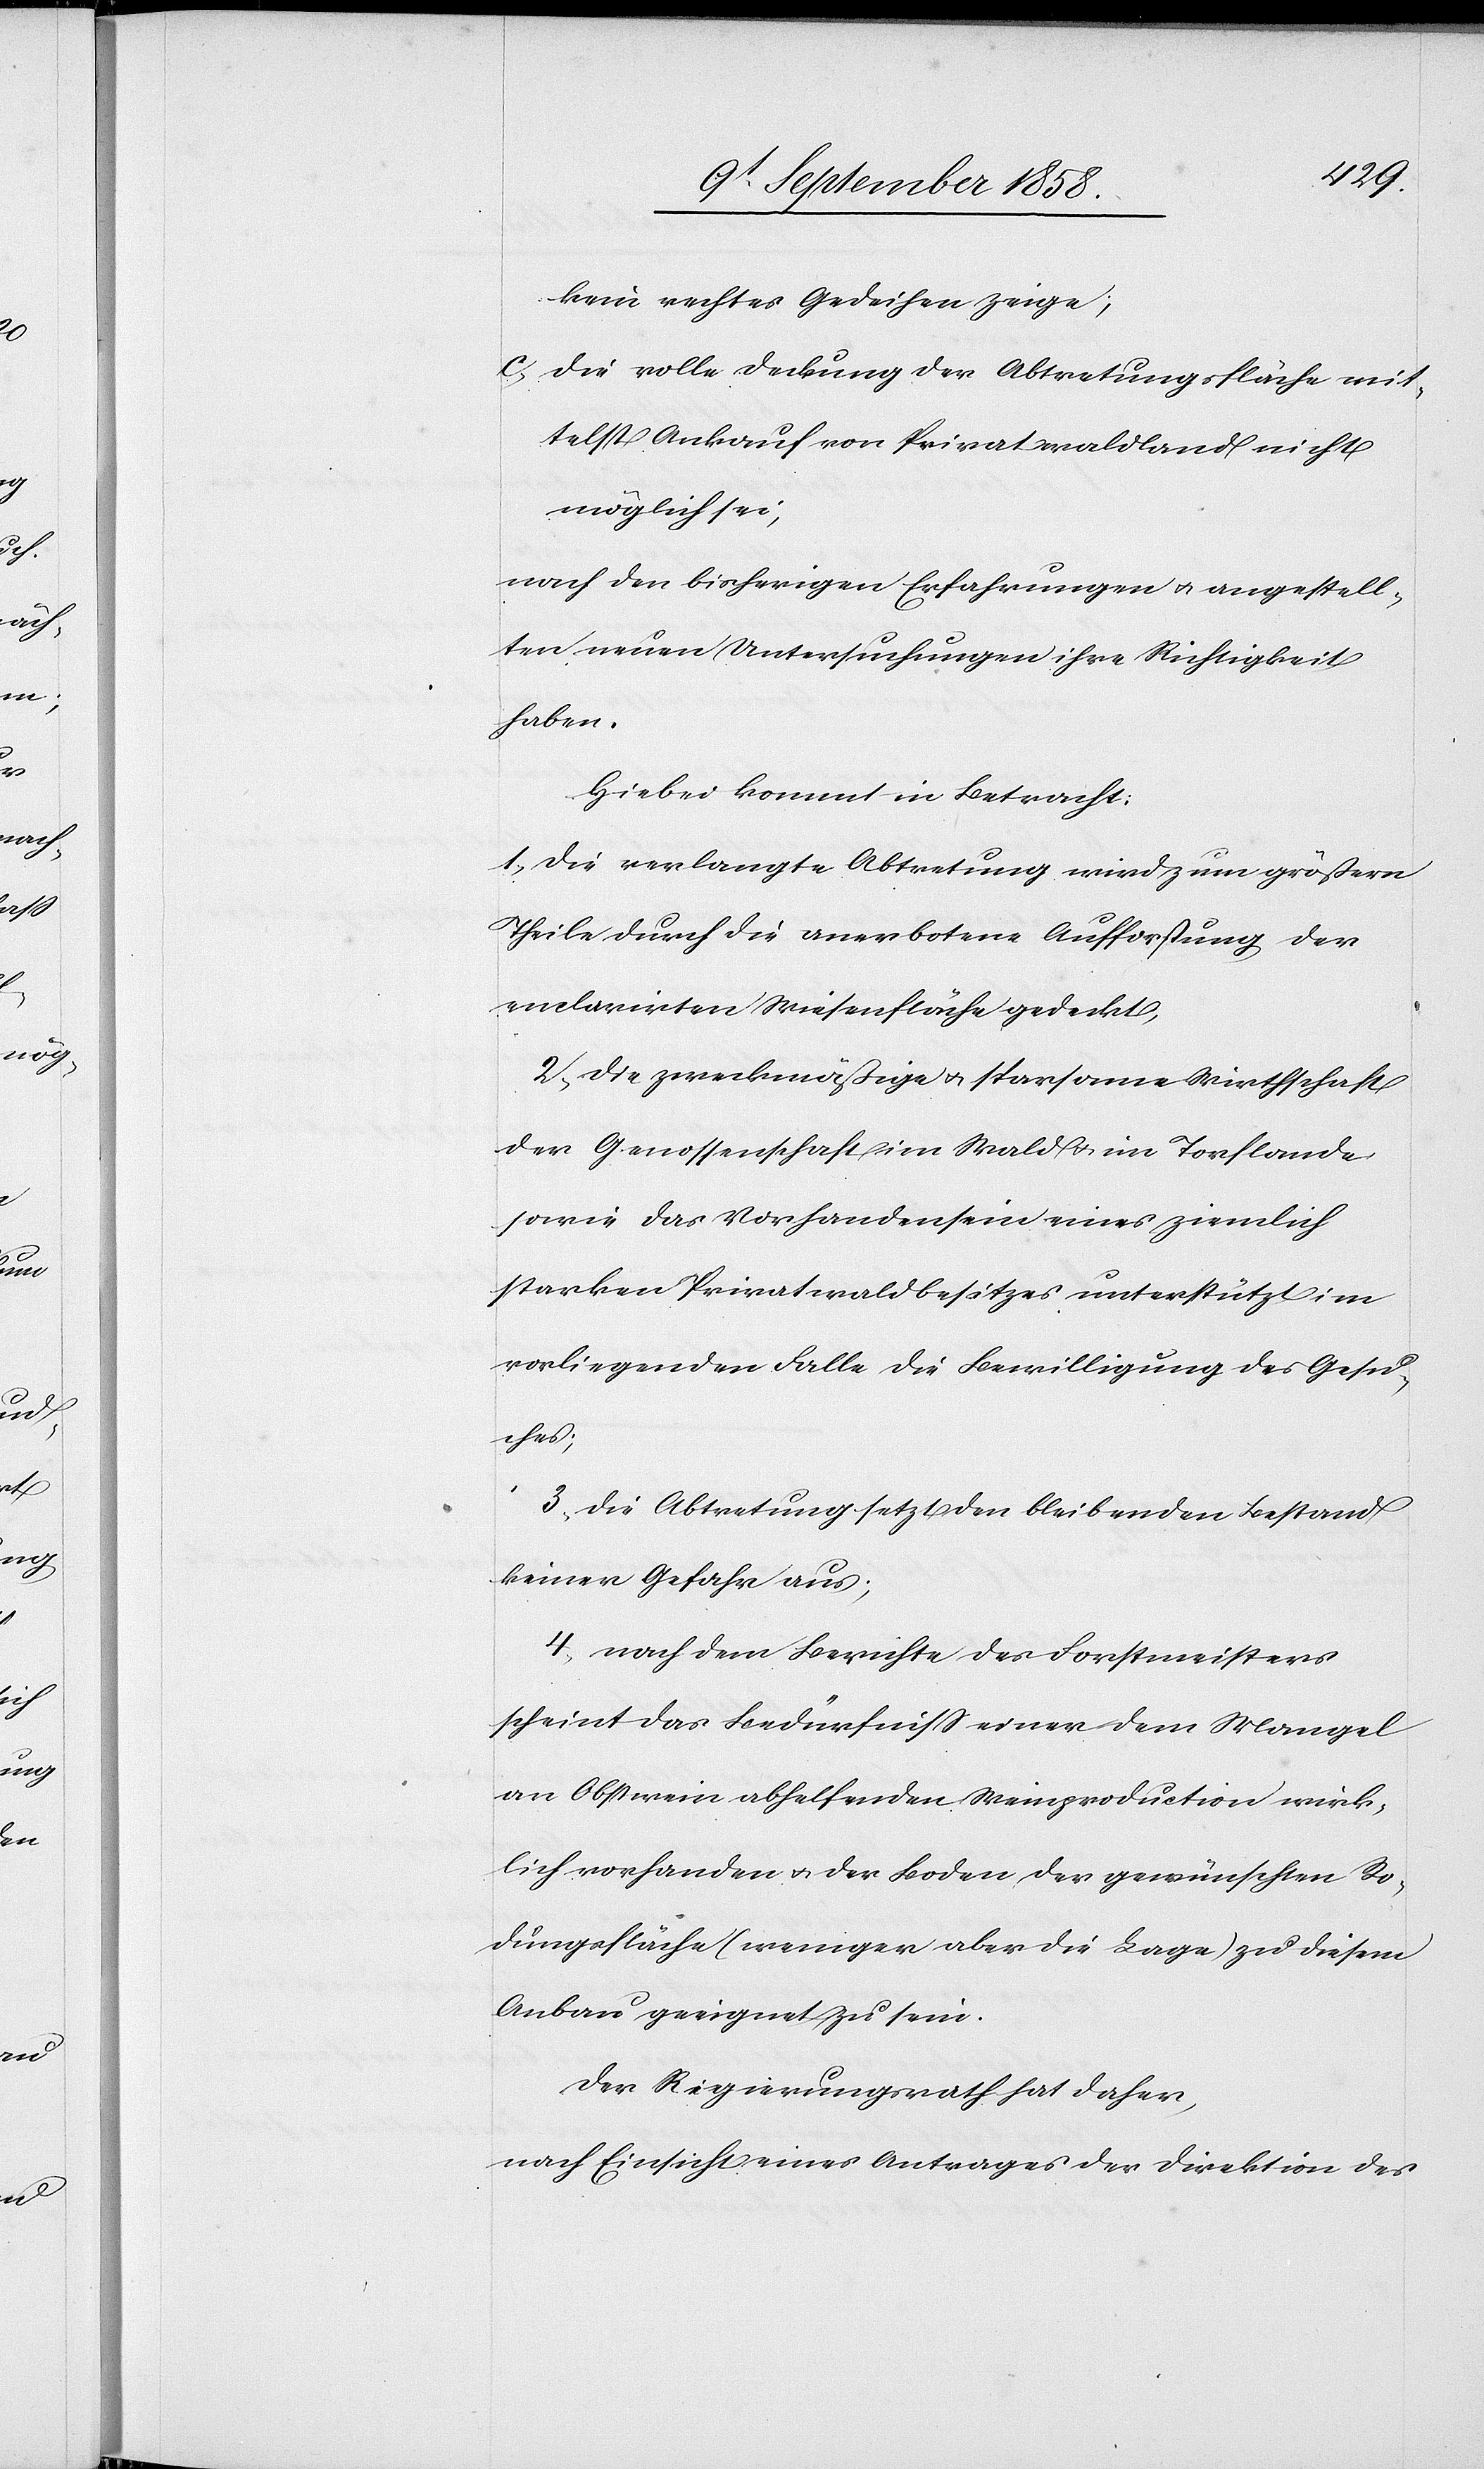
kein rechtes Gedeihen zeige;
c. die volle Deckung der Abtretungsfläche mit¬
telst Ankauf von Privatwaldland nicht
möglich sei,
nach den bisherigen Erfahrungen & angestell¬
ten neuen Untersuchungen ihre Richtigkeit
haben.
Hiebei kommt in Betracht:
1. Die verlangte Abtretung wird zum größern
Theile durch die anerbotene Aufforstung der
enclarirten Wiesenfläche gedeckt;
2. die zweckmäßige & sparsame Wirthschaft
der Genossenschaft im Wald & im Torflande
sowie das Vorhandensein eines ziemlich
starken Privatwaldbesitzes unterstützt im
vorliegenden Falle die Bewilligung des Gesu¬
ches;
3. die Abtretung setzt den bleibenden Bestand
keiner Gefahr aus;
4. nach dem Berichte des Forstmeisters
scheint das Bedürfniss einer dem Mangel
an Obstwein abhelfenden Weinproduction wirk¬
lich vorhanden & der Boden der gewünschten Ro¬
dungsfläche (weniger aber die Lage) zu diesem
Anbau geeignet zu sein.
Der Regierungsrath hat daher,
nach Einsicht eines Antrages der Direktion des